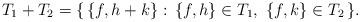
LaTeX: \begin{align*} T_1+T_2=\{\,\{f,h+k\} :\, \{f,h\} \in T_1, \,\, \{f,k\} \in T_2\,\}.\end{align*}